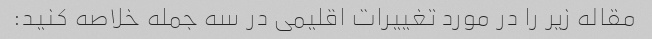
مقاله زیر را در مورد تغییرات اقلیمی در سه جمله خلاصه کنید: